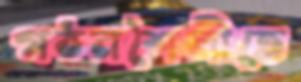
গঠনশৈলীতে